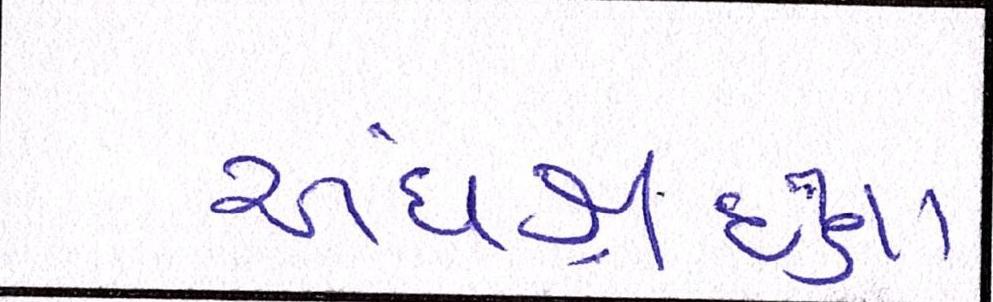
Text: અંધશ્રદ્ધા